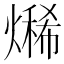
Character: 𤏨